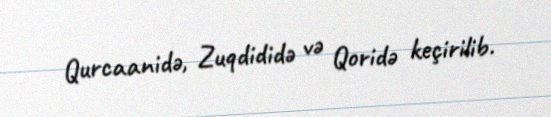
Qurcaanidə, Zuqdididə və Qoridə keçirilib.